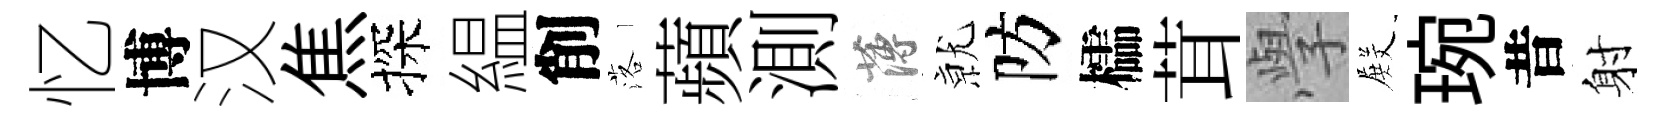
忆博汉焦探緼削落蘋測薄𭕒防櫺茸𭓕𭮺琬昔射